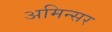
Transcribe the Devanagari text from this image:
अमिन्सर